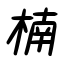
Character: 楠